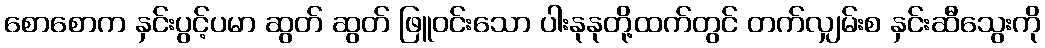
စောစောက နှင်းပွင့်ပမာ ဆွတ် ဆွတ် ဖြူဝင်းသော ပါးနုနုတို့ထက်တွင် တက်လျှမ်းစ နှင်းဆီသွေးကို